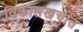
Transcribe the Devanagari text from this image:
विकासखर्चात